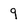
Character: 9